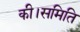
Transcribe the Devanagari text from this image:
की।समिति